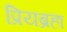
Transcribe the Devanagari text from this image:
प्रियब्रहा